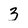
Character: 3